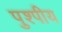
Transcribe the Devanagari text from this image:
पुश्पीय